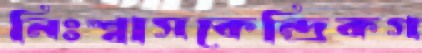
নিঃশ্বাসকেন্দ্রিকগ